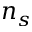
n _ { s }